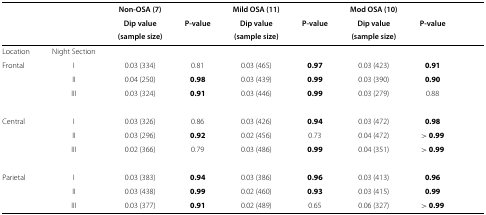
<table><thead><tr><td colspan="8"><b> </b></td></tr><tr><td><b> </b></td><td><b> </b></td><td><b>Non-OSA (7)</b></td><td><b> </b></td><td><b>Mild OSA (11)</b></td><td><b> </b></td><td><b>Mod OSA (10)</b></td><td><b> </b></td></tr><tr><td><b> </b></td><td><b> </b></td><td><b>Dip value</b></td><td><b>P-value</b></td><td><b>Dip value</b></td><td><b>P-value</b></td><td><b>Dip value</b></td><td><b>P-value</b></td></tr><tr><td><b> </b></td><td><b> </b></td><td><b>(sample size)</b></td><td><b> </b></td><td><b>(sample size)</b></td><td><b> </b></td><td><b>(sample size)</b></td><td><b> </b></td></tr></thead><tbody><tr><td>Location</td><td>Night Section</td><td> </td><td> </td><td> </td><td> </td><td> </td><td> </td></tr><tr><td>Frontal</td><td>I</td><td>0.03 (334)</td><td>0.81</td><td>0.03 (465)</td><td><b>0.97</b></td><td>0.03 (423)</td><td><b>0.91</b></td></tr><tr><td> </td><td>II</td><td>0.04 (250)</td><td><b>0.98</b></td><td>0.03 (439)</td><td><b>0.99</b></td><td>0.03 (390)</td><td><b>0.90</b></td></tr><tr><td> </td><td>III</td><td>0.03 (324)</td><td><b>0.91</b></td><td>0.03 (446)</td><td><b>0.99</b></td><td>0.03 (279)</td><td>0.88</td></tr><tr><td>Central</td><td>I</td><td>0.03 (326)</td><td>0.86</td><td>0.03 (426)</td><td><b>0.94</b></td><td>0.03 (472)</td><td><b>0.98</b></td></tr><tr><td> </td><td>II</td><td>0.03 (296)</td><td><b>0.92</b></td><td>0.02 (456)</td><td>0.73</td><td>0.04 (472)</td><td><b>&gt;</b><i>0.99</i></td></tr><tr><td> </td><td>III</td><td>0.02 (366)</td><td>0.79</td><td>0.03 (486)</td><td><b>0.99</b></td><td>0.04 (351)</td><td><b>&gt;</b><i>0.99</i></td></tr><tr><td>Parietal</td><td>I</td><td>0.03 (383)</td><td><b>0.94</b></td><td>0.03 (386)</td><td><b>0.96</b></td><td>0.03 (413)</td><td><b>0.96</b></td></tr><tr><td> </td><td>II</td><td>0.03 (438)</td><td><b>0.99</b></td><td>0.02 (460)</td><td><b>0.93</b></td><td>0.03 (415)</td><td><b>0.99</b></td></tr><tr><td> </td><td>III</td><td>0.03 (377)</td><td><b>0.91</b></td><td>0.02 (489)</td><td>0.65</td><td>0.06 (327)</td><td><b>&gt;</b><i>0.99</i></td></tr></tbody></table>